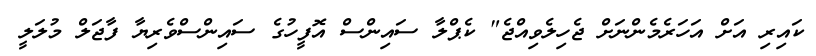
ކައިރި އަށް އަހަރެމެންނަށް ޖެހިލެވިއްޖެ" ކެޕްލާ ސައިންސް އޮފީހުގެ ސައިންސްވެރިޔާ ފާޖަލް މުލަލީ